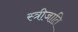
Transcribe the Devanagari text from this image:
स्त्रीजाति